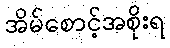
အိမ်စောင့်အစိုးရ